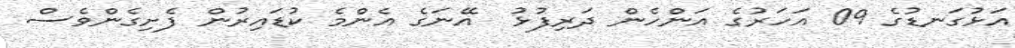
އަޅުގަނޑުގެ 09 އަހަރުގެ އަންހެން ދަރިފުޅު  އޭނަގެ އެންމެ ކުޑައިރުން ފެށިގެންވެސް